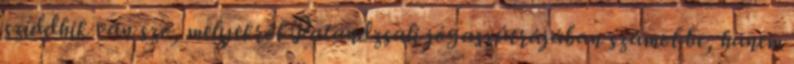
sziddhik van szó, melyekről Patandzsali jógaszútrájában számol be, hanem